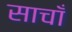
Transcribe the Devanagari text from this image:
साचाँ